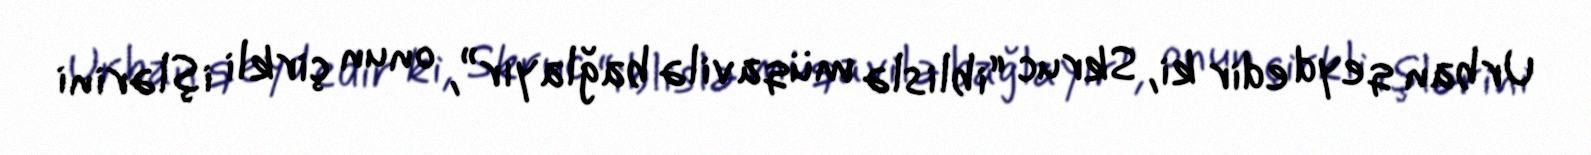
Urban qeyd edir ki, Skruc “iblislə müqavilə bağlayır”, onun çirkli işlərini